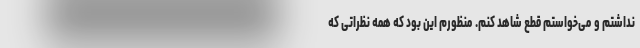
نداشتم و می‌خواستم قطع شاهد کنم. منظورم این بود که همه نظراتی که